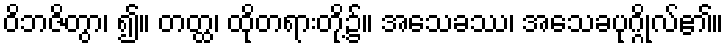
ဝိဘဇိတွာ၊ ၍။ တတ္ထ၊ ထိုတရားတို့၌။ အသေခဿ၊ အသေခပုဂ္ဂိုလ်၏။